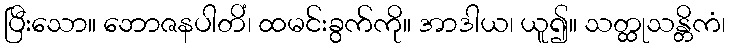
ပြီးသော။ ဘောဇနပါတိံ၊ ထမင်းခွက်ကို။ အာဒါယ၊ ယူ၍။ သတ္ထုသန္တိကံ၊